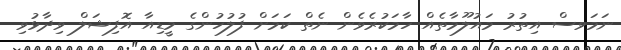
ނަމަވސް އިތުރު މައުލޫމާތެއް ހާމަކުރެވެން ނެތް ކަމަށް ފުލުހުންގެ މީޑިއާ އޮފިޝަލް ވިދާޅުވި